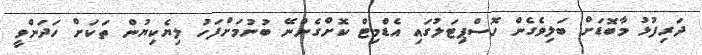
ދަރިފުޅު މާބޮޑަށް ބަލިވެގެން ހޮސްޕިޓަލުގައި އެޑްމިޓް ކޮށްގެންނޭ ބުނުމަށްފަހު ލިޔެކިޔުން ތަކަށް ހަދަންވީ